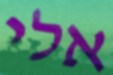
אלי